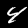
Digit: 4